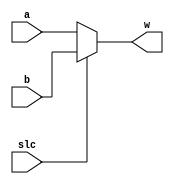
module Mux2to1_10bit(slc, a, b, w);
    parameter N = 10;
    
    input slc;
    input [N-1:0] a, b;

    output [N-1:0] w;
    
    assign w = ~slc ? a : b;

endmodule